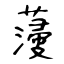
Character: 薓